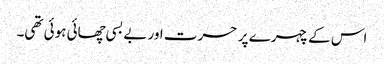
اس کے چہرے پر حسرت اور بے بسی چھائی ہوئی تھی۔